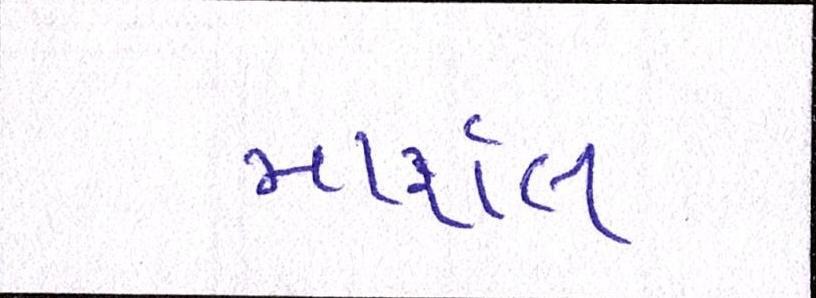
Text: માર્શલ